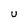
Character: U